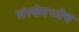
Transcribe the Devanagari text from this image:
संस्थेमध्येच